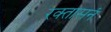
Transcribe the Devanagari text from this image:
रक्तासनं